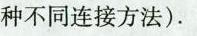
种不同连接方法).